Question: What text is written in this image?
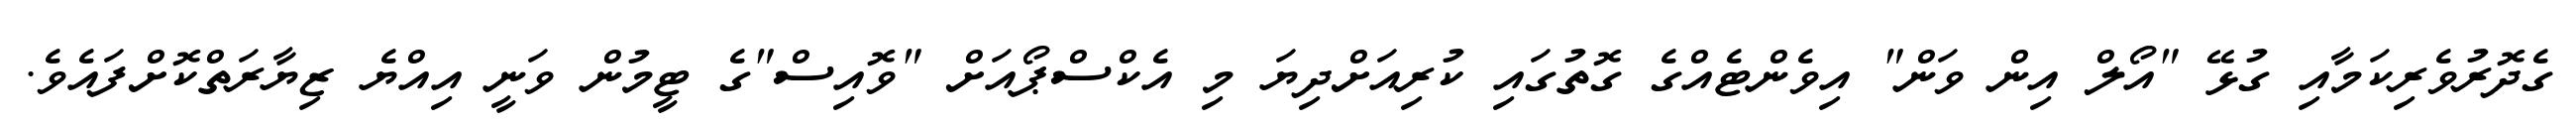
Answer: ގެދޮރުވެރިކަމާއި ގުޅޭ "އޯލް އިން ވަން" އިވެންޓެއްގެ ގޮތުގައި ކުރިއަށްދިޔަ މި އެކްސްޕޯއަށް "ވޮއިސް"ގެ ޓީމުން ވަނީ އިއްޔެ ޒިޔާރަތްކޮށްފައެވެ.